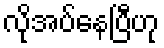
လိုအပ်နေပြီဟု